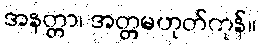
အနတ္တာ၊ အတ္တမဟုတ်ကုန်။